Insane asylums in Bengal annual reports 1867-1875 - 1867-1875
Year: 1867
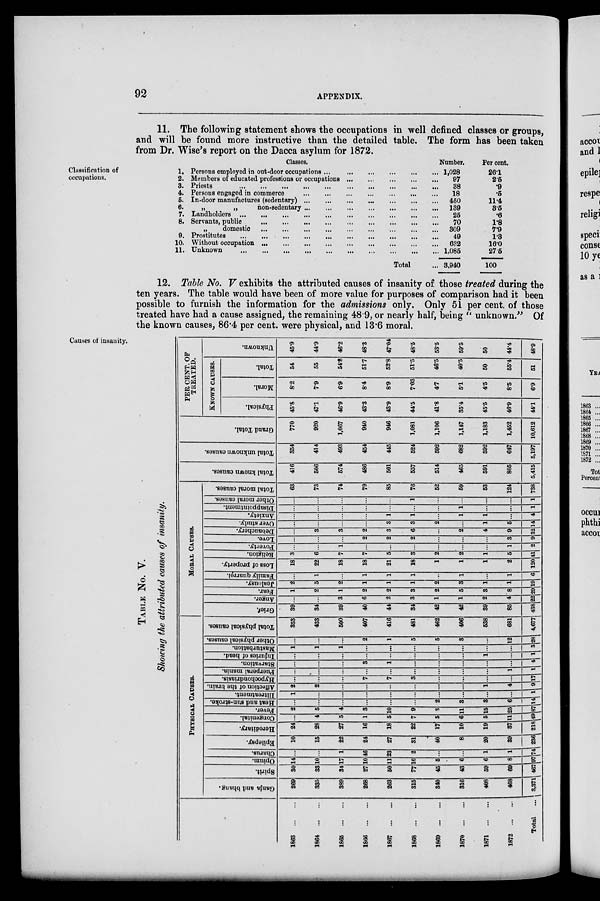
92
APPENDIX.
11. The following statement shows the occupations in well defined classes or groups,
and will be found more instructive than the detailed table. The form has been taken
from Dr. Wise's report on the Dacca asylum for 1872.
Classification of
occupations.
Total ...
3,940
100
11. Unknown
...
...
...
...
...
...
...
...
...
... 1,085
27.5
10. Without occupation
...
...
...
...
...
...
...
...
...
632
16.0
9. Prostitutes
...
...
...
...
...
...
...
...
...
49
1.3
„
domestic
...
...
...
...
...
...
...
...
... 309
7.9
8. Servants, public
...
...
...
...
...
...
...
...
...
70
1.8
7 Landholders
...
...
...
...
...
...
...
...
...
25
.6
6.
„
„
non-sedentary
...
...
...
...
...
...
... 139
3.5
5. In-door manufactures (sedentary) ... ... ... ... ... ... ... ... ... 450
11.4
4. Persons engaged in commerce
...
...
...
...
...
...
...
...
...
18
.5
3. Priests
...
...
...
...
...
...
...
...
...
38
.9
2. Members of educated professions or occupations ... ... ... ... ...
97
2.5
1. Persons employed in out-door occupations ...
...
...
...
... 1,028
26.1
Classes.
Number.
Per cent.
12. Table No. V exhibits the attributed causes of insanity of those treated during the
ten years. The table would have been of more value for purposes of comparison had it been
possible to furnish the information for the admissions only. Only 51 per cent. of those
treated have had a cause assigned, the remaining 48.9, or nearly half, being "unknown." Of
the known causes, 86.4 per cent. were physical, and 13.6 moral.
Causes of insanity.
TABLE No. V.
Showing the attributed causes of insanity.
1863
...
...
1864
... ...
1865
...
...
1866
...
...
1867
...
...
1868
...
...
1869
...
...
1870
...
...
1871
...
...
1872
...
...
Total ...
PHYSICAL CAUSES.
Ganja and bhang.
269
335
389
268
263
315
340
316
408
468
3,371
Spirit.
30
33
34
27
50
77
45
43
59
69
467
Opium.
14
10
17
10
11
10
5
6
6
8
97
Charus.
...
...
1
46
23
2
...
...
1
1
74
Epilepsy.
10
15
22
24
27
31
40
8
20
39
236
Hereditary.
24
28
27
16
18
22
17
10
19
37
218
Congenital.
...
4
5
1
5
7
5
6
5
11
49
Fever.
2
5
4
3
10
9
3
11
15
25
87
Heat and sun-stroke.
...
...
...
...
...
...
2
3
3
6
14
Illtreatment.
1
...
...
...
...
...
...
...
...
...
1
Affection of the brain.
2
2
...
...
...
...
...
...
1
4
9
Hypochondriasis.
...
...
...
7
7
3
...
...
...
...
17
Puerperal mania.
...
...
...
...
...
...
...
...
...
1
1
Starvation.
...
...
...
3
1
...
...
...
...
...
4
Injuries
of head.
...
...
...
...
...
...
...
...
1
...
1
Masturbation.
1
1
1
...
...
...
...
...
...
...
3
Other physical causes.
...
...
...
2
1
5
5
3
...
12
28
Total physical causes.
353
433
500
407
416
481
462
406
538
681
4,677
MORAL CAUSES.
Grief.
39
34
39
40
44
34
42
42
39
85
438
Anger.
...
...
3
6
2
3
1
1
2
4
22
Fear.
1
2
1
2
2
3
2
5
3
8
29
Jealousy.
2
5
2
1
1
1
2
3
1
1
19
Family quarrel.
...
1
...
1
1
1
...
1
...
1
6
Loss of property.
18
22
18
18
21
18
1
1
1
2
120
Religion.
3
6
7
7
5
3
2
2
1
5
41
Poverty.
...
...
1
...
...
...
...
...
...
1
2
Love.
...
...
...
2
2
2
...
...
...
3
9
Debauchery.
...
3
3
2
3
6
...
2
4
9
32
Over study.
...
...
...
...
3
3
2
...
1
5
14
Anxiety.
...
...
...
...
1
1
...
1
1
...
4
Disappointment.
...
...
...
...
...
...
...
1
...
...
1
Other moral causes.
...
...
...
...
...
1
...
...
...
...
1
Total moral causes.
63
73
74
79
85
76
52
59
53
124
738
Total known causes.
416
506
574
486
501
557
514
465
591
805
5,415
Total unknown causes.
354
414
493
454
445
524
592
682
592
647
5,197
Grand Total.
770
920
1,067
940
946
1,081
1,106
1,147
1,183
1,452
10,612
PER CENT. OF
TREATED.
KNOWN CAUSES.
Physical.
45.8
47.1
46.9
43.3
43.9
44.5
41.8
35.4
45.5
46.9
44.1
Moral.
8.2
7.9
6.9
8.4
8.9
7.03
4.7
5.1
4.5
8.5
6.9
Total.
54
55
54.8
51.7
52.8
51.5
46.5
40.5
50
55.4
51
Unknown.
45.9
44.9
46.2
48.3
47.04
48.5
53.5
59.5
50
44.4
48.9